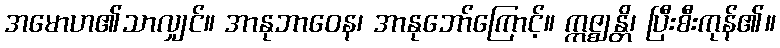
အမောဟ၏သာလျှင်။ အာနုဘာဝေန၊ အာနုဘော်ကြောင့်။ ဣဇ္ဈန္တိ၊ ပြီးစီးကုန်၏။